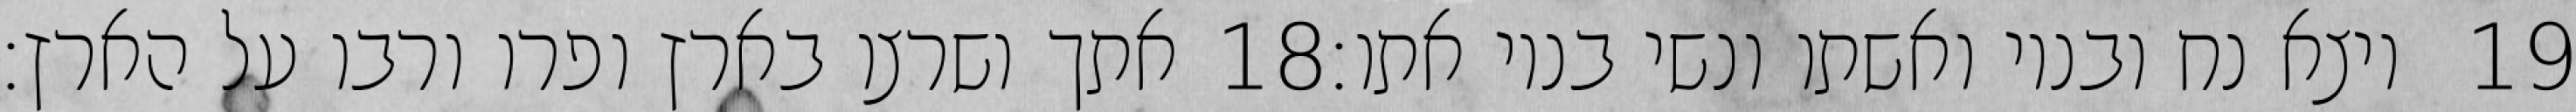
אתך ושרצו בארץ ופרו ורבו על הארץ׃ ‎18‏ ויצא נח ובניו ואשתו ונשי בניו אתו׃ ‎19‏